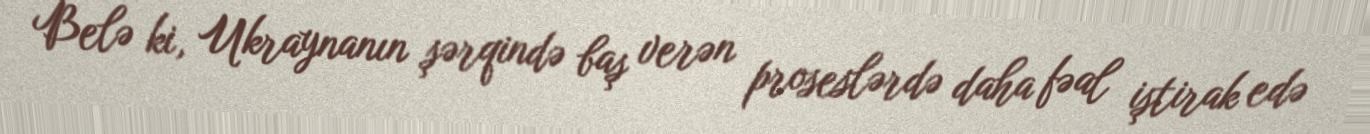
Belə ki, Ukraynanın şərqində baş verən proseslərdə daha fəal iştirak edə